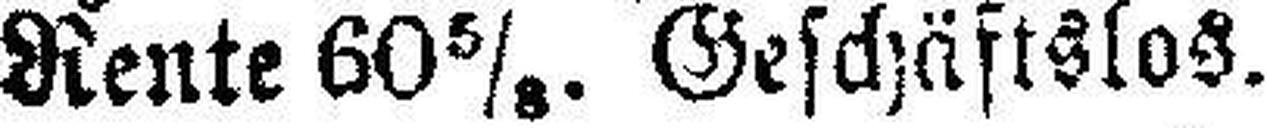
Rente 60 5/8. Geschäftslos.